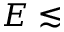
E \lesssim